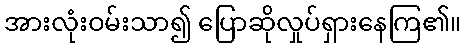
အားလုံးဝမ်းသာ၍ ပြောဆိုလှုပ်ရှားနေကြ၏။